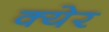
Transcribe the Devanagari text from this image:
क्येर